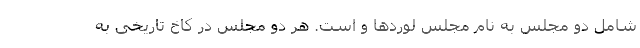
شامل دو مجلس به نام مجلس لوردها و است. هر دو مجلس در کاخ تاریخی به